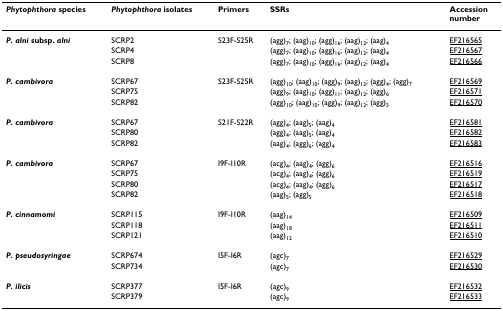
| Phytophthora species | Phytophthora isolates | Primers | SSRs | Accessionnumber |
 | --- | --- | --- | --- | --- |
 | P. alni subsp. alni | SCRP2 | S23F-S25R | (agg)7; (aag)10; (agg)16; (aag)12; (aag)4 | EF216565 |
 |  | SCRP4 |  | (agg)7; (aag)10; (agg)16; (aag)12; (aag)4 | EF216567 |
 |  | SCRP8 |  | (agg)7; (aag)10; (agg)16; (aag)12; (aag)4 | EF216566 |
 | P. cambivora | SCRP67 | S23F-S25R | (agg)10; (aag)10; (agg)9; (aag)12; (agg)4; (agg)7 | EF216569 |
 |  | SCRP75 |  | (agg)9; (aag)10; (agg)11; (aag)12; (agg)6 | EF216571 |
 |  | SCRP82 |  | (agg)10; (aag)10; (agg)9; (aag)12; (agg)5 | EF216570 |
 | P. cambivora | SCRP67 | S21F-S22R | (agg)4; (aag)5; (aag)4 | EF216581 |
 |  | SCRP80 |  | (agg)4; (aag)5; (aag)4 | EF216582 |
 |  | SCRP82 |  | (aag)4; (agg)6; (agg)4 | EF216583 |
 | P. cambivora | SCRP67 | I9F-I10R | (acg)4; (aag)4; (agg)6 | EF216516 |
 |  | SCRP75 |  | (acg)4; (aag)4; (agg)6 | EF216519 |
 |  | SCRP80 |  | (acg)4; (aag)4; (agg)6 | EF216517 |
 |  | SCRP82 |  | (aag)5; (agg)5 | EF216518 |
 | P. cinnamomi | SCRP115 | I9F-I10R | (aag)14 | EF216509 |
 |  | SCRP118 |  | (aag)18 | EF216511 |
 |  | SCRP121 |  | (aag)12 | EF216510 |
 | P. pseudosyringae | SCRP674 | I5F-I6R | (agc)7 | EF216529 |
 |  | SCRP734 |  | (agc)7 | EF216530 |
 | P. ilicis | SCRP377 | I5F-I6R | (agc)9 | EF216532 |
 |  | SCRP379 |  | (agc)9 | EF216533 |